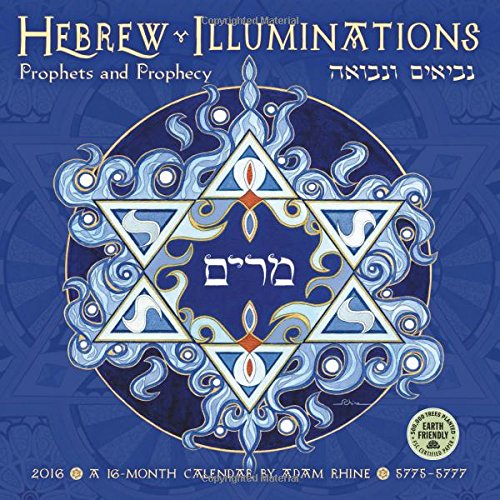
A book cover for Hebrew Illuminations 2016 Jewish Wall Calendar; Adam Rhine; Calendars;